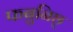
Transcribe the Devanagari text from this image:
फबुनिछ्